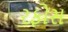
રફોસ